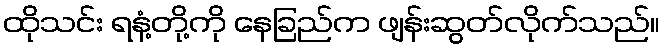
ထိုသင်း ရနံ့တို့ကို နေခြည်က ဖျန်းဆွတ်လိုက်သည်။